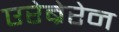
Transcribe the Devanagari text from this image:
एरेब्रेरेन